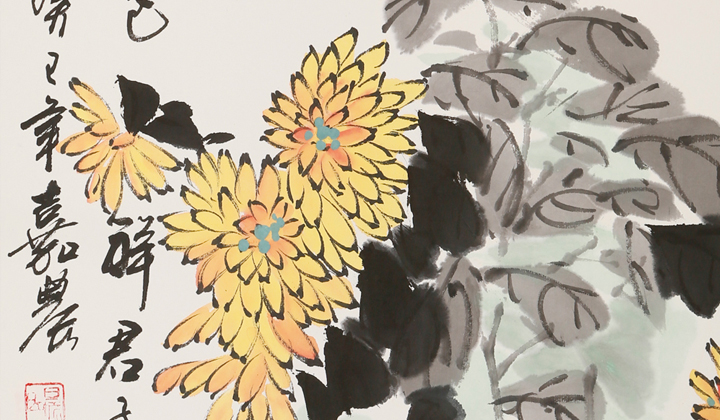
使能，国之利也。